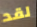
لقد